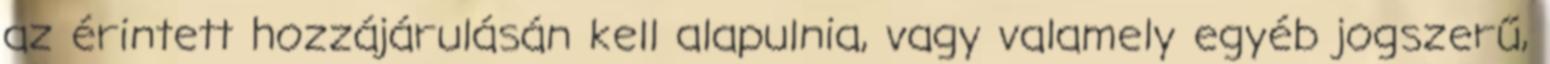
az érintett hozzájárulásán kell alapulnia, vagy valamely egyéb jogszerű,